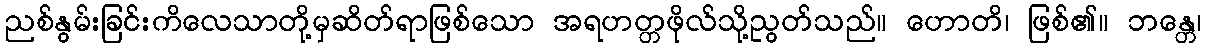
ညစ်နွမ်းခြင်းကိလေသာတို့မှဆိတ်ရာဖြစ်သော အရဟတ္တဖိုလ်သို့ညွတ်သည်။ ဟောတိ၊ ဖြစ်၏။ ဘန္တေ၊